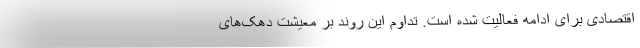
اقتصادی برای ادامه فعالیت شده است. تداوم این روند بر معیشت دهک‌های